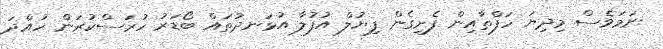
ނަމަވެސް މިދިޔަ ހަފްތާއިން ފެށިގެން ފިޔުލް އުފުލާ އުޅަނދުތައް ބޯޑަރު ހުރަސްކުރަން ހުއްދަ